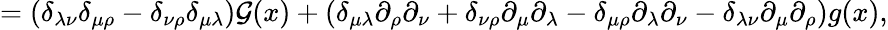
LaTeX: =\left(\delta_{\lambda\nu}\delta_{\mu\rho}-\delta_{\nu\rho}\delta_{\mu\lambda}\right){\cal G}(x)+\left(\delta_{\mu\lambda}\partial_{\rho}\partial_{\nu}+\delta_{\nu\rho}\partial_{\mu}\partial_{\lambda}-\delta_{\mu\rho}\partial_{\lambda}\partial_{\nu}-\delta_{\lambda\nu}\partial_{\mu}\partial_{\rho}\right)g(x),